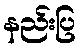
နည်းပြ